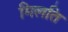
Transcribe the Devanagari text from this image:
मिलति